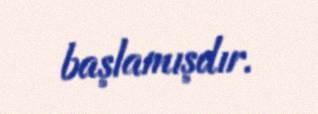
başlamışdır.